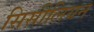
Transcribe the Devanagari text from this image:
सिसीलियन